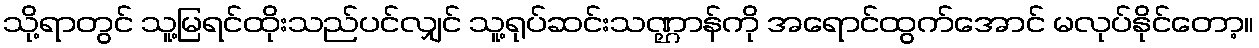
သို့ရာတွင် သူ့မြရင်ထိုးသည်ပင်လျှင် သူ့ရုပ်ဆင်းသဏ္ဌာန်ကို အရောင်ထွက်အောင် မလုပ်နိုင်တော့။